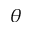
\theta